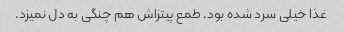
غذا خیلی سرد شده بود. طمع پیتزاش هم چنگی به دل نمیزد.